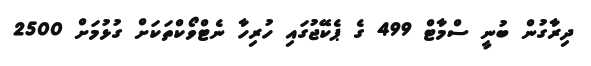
ދިރާގުން ބުނީ ސްމާޓް 499 ގެ ޕެކޭޖުގައި ހުރިހާ ނެޓްވޯކްތަކަށް ގުޅުމަށް 2500